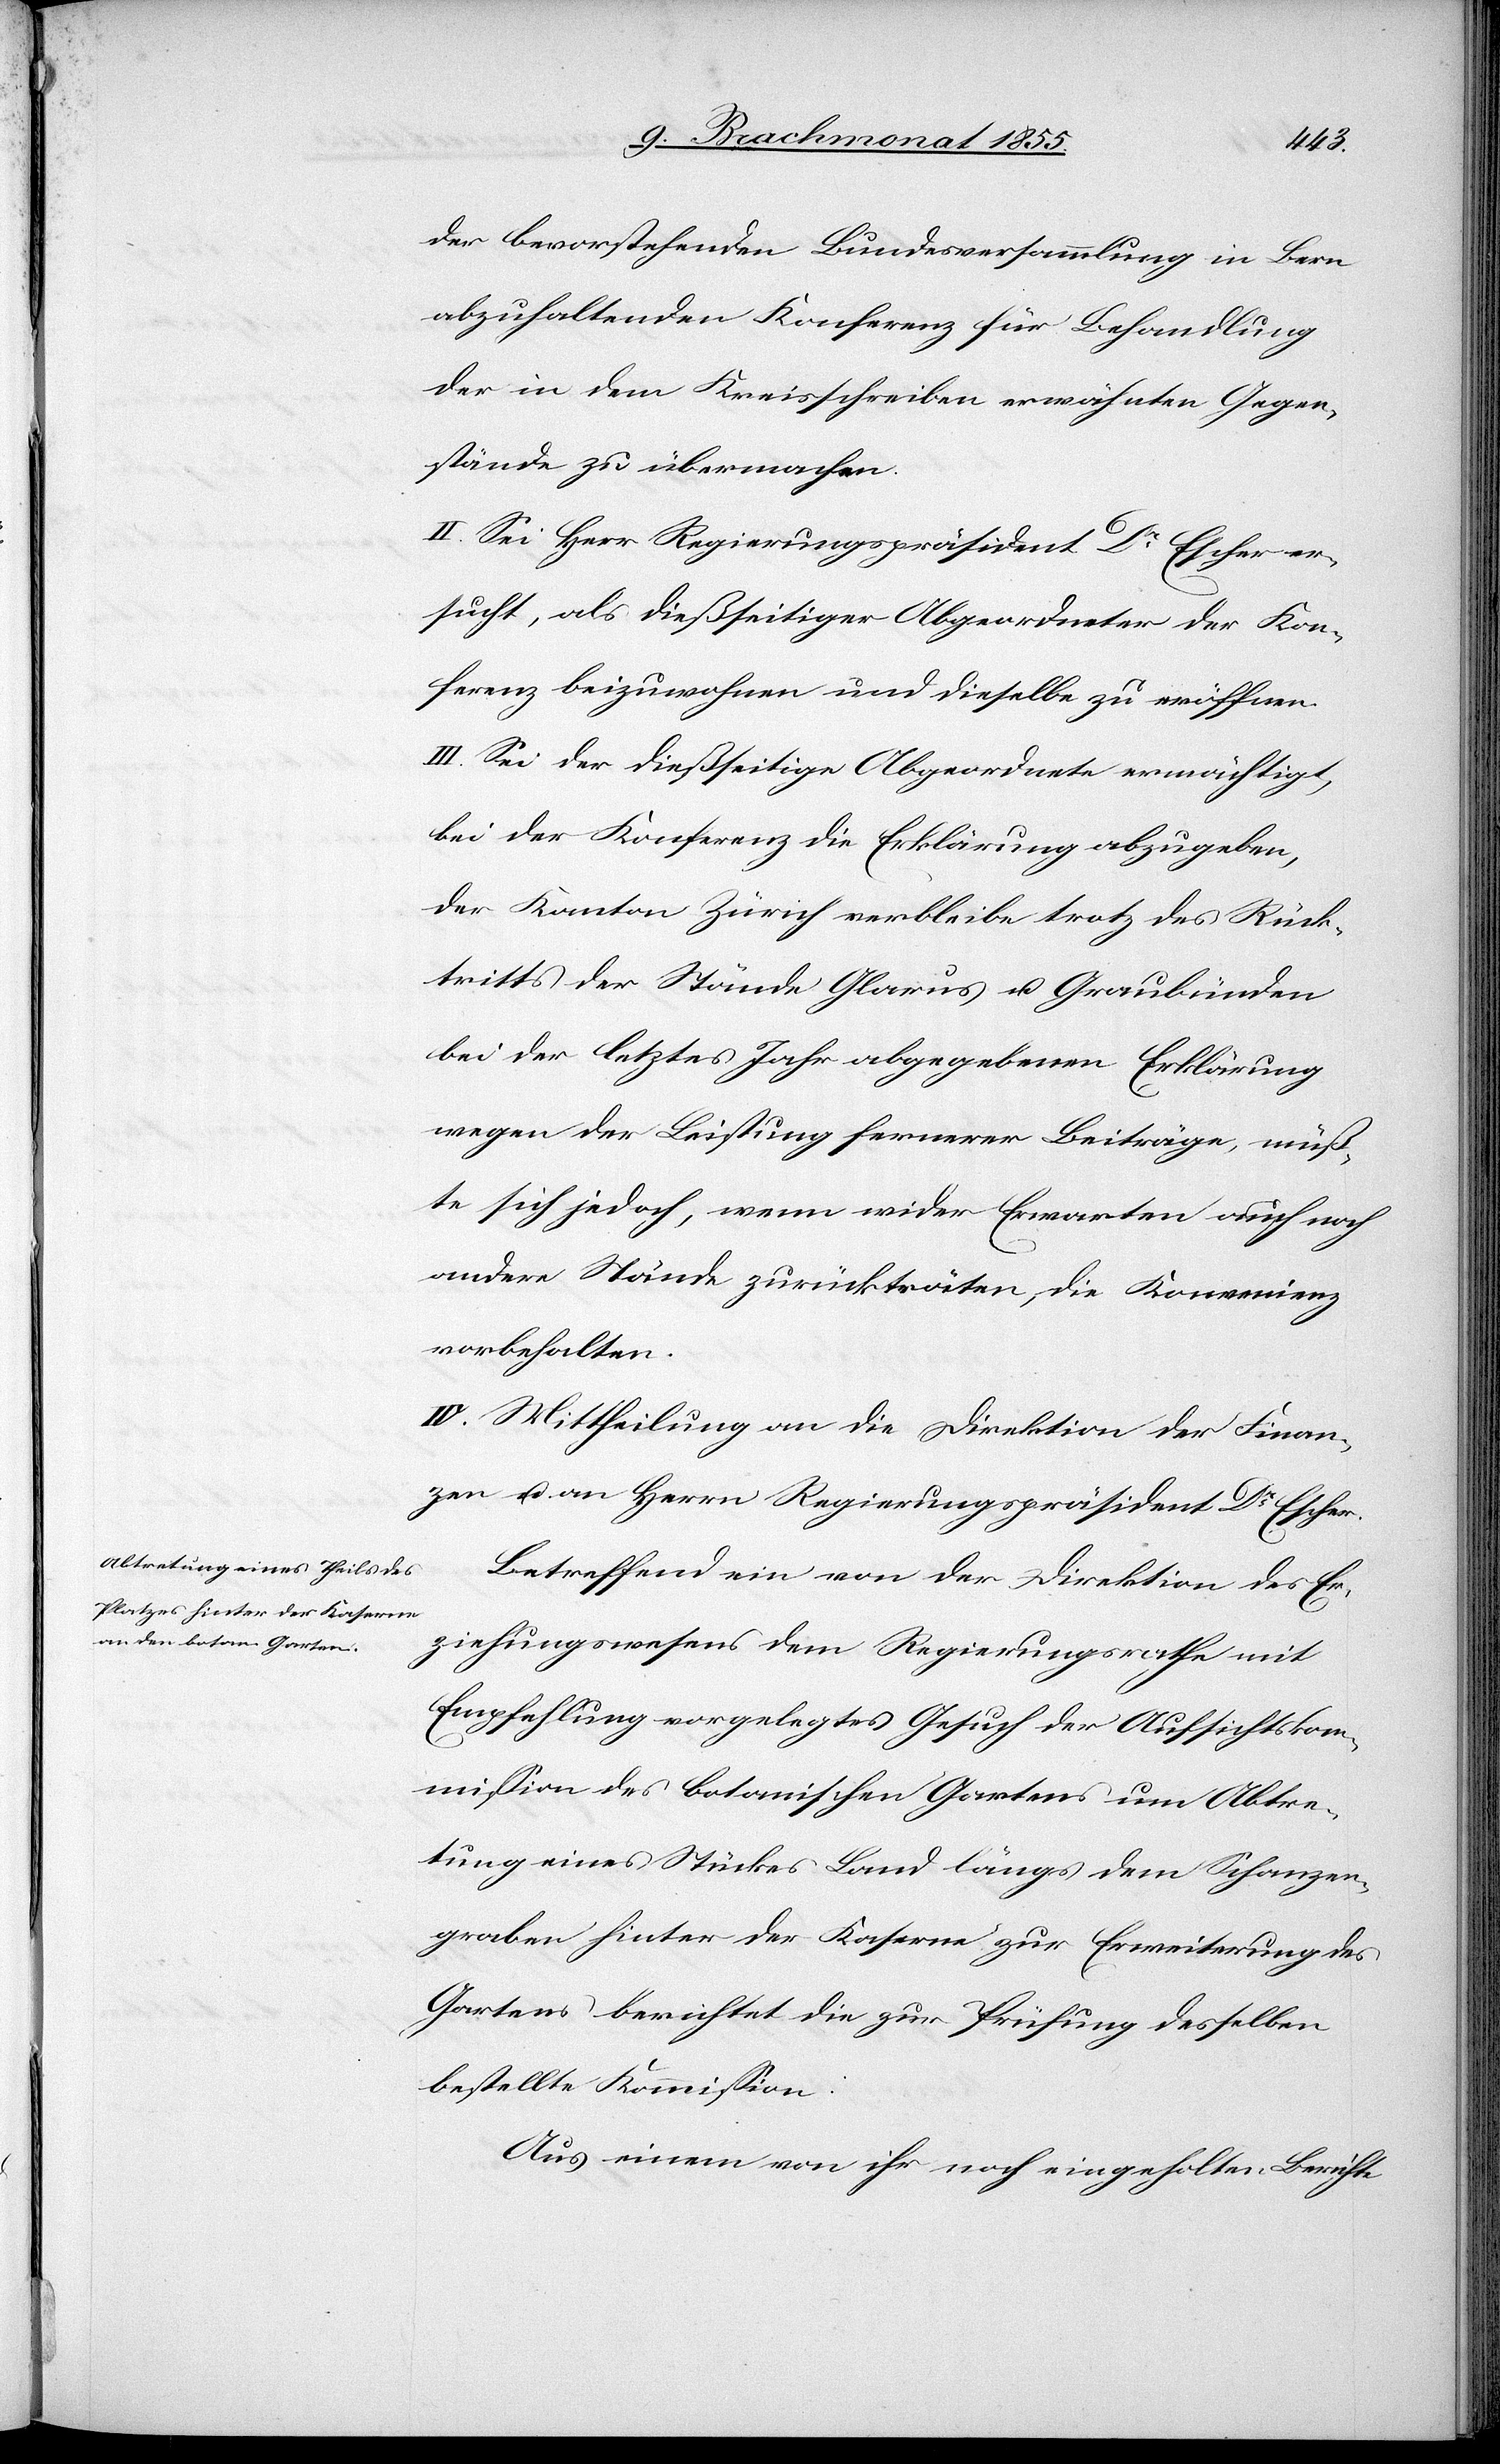
der bevorstehenden Bundesversammlung in Bern
abzuhaltenden Konferenz für Behandlung
der in dem Kreisschreiben erwähnten Gegen¬
stände zu übermachen.
II. Sei Herr Regierungspräsident Dr. Escher er¬
sucht, als dießseitiger Abgeordneter der Kon¬
ferenz beizuwohnen und dieselbe zu eröffnen.
III. Sei der dießseitige Abgeordnete ermächtigt,
bei der Konferenz die Erklärung abzugeben,
der Kanton Zürich verbleibe trotz des Rück¬
tritts der Stände Glarus u. Graubünden
bei der letztes Jahr abgegebenen Erklärung
wegen der Leistung fernerer Beiträge, müß¬
te sich jedoch, wenn wider Erwarten auch noch
andere Stände zurückträten, die Konvenienz
vorbehalten.
IV. Mittheilung an die Direktion der Finan¬
zen u. an Herrn Regierungspräsident Dr Escher.
Betreffend ein von der Direktion des Er¬
ziehungswesens dem Regierungsrathe mit
Empfehlung vorgelegtes Gesuch der Aufsichtskom¬
mission des botanischen Gartens um Abtre¬
tung eines Stückes Land längs dem Schanzen¬
graben hinter der Kaserne zur Erweiterung des
Gartens berichtet die zur Prüfung desselben
bestellte Kommission:
Aus einem von ihr noch eingeholten Berichte